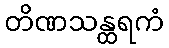
တိဏသန္ထရကံ